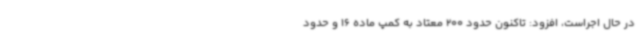
در حال اجراست، افزود: تاکنون حدود 200 معتاد به کمپ ماده 16 و حدود